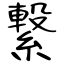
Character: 繋